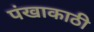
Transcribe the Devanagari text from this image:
पंखाकाठी